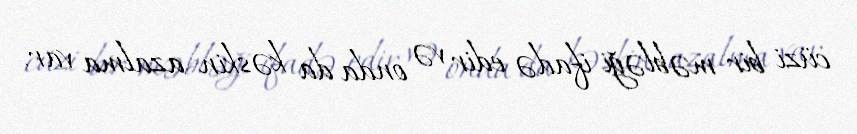
cüzi bir məbləği ifadə edir və onda da kəskin azalma var.